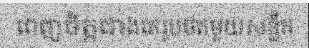
ពេញចិត្តជាងគេរូបថតមួយសន្លឹក